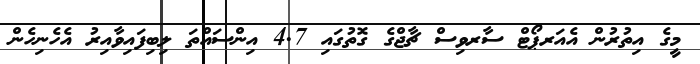
މީގެ އިތުރުން އެއަރޕޯޓް ސާރވިސް ޗާޖްގެ ގޮތުގައި 4.7 އިންސައްތަ ލިބިފައިވާއިރު އެހެނިހެން